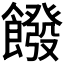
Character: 𩞽